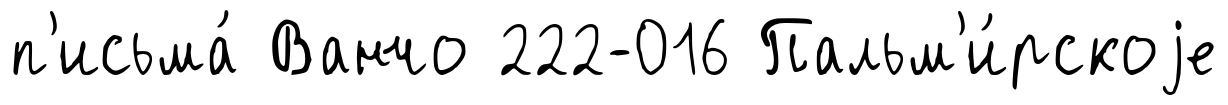
п'исьма́ Ванчо 222-016 Пальм'и́рскоjе